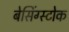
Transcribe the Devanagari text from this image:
बेसिंग्स्टोक